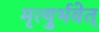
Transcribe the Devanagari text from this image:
मृत्युर्भवेत्